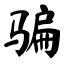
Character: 骗